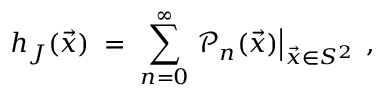
h _ { J } ( \vec { x } ) \; = \; \sum _ { n = 0 } ^ { \infty } \left. { \mathcal { P } } _ { n } ( \vec { x } ) \right| _ { \vec { x } \in S ^ { 2 } } \; ,